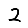
Digit: 2